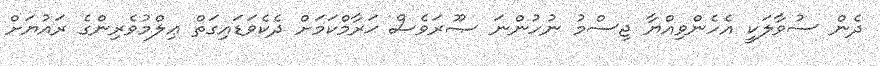
ދެން ސުވާލަކީ އެހެންވިއްޔާ ޖިސްމު ނުހުންނަ ޞޫރަވެސް ޙަރާމްކަމަށް ދެކެވަޑައިގަތް ޢިލްމުވެރިންގެ ރައުޔަށް